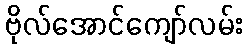
ဗိုလ်အောင်ကျော်လမ်း